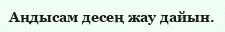
Аңдысам десең жау дайын.